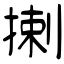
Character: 揦